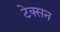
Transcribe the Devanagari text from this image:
टेक्सन